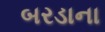
બરડાના